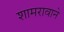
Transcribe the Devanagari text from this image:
शामरावाने